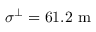
\sigma ^ { \perp } = 6 1 . 2 \mathrm { ~ m ~ }